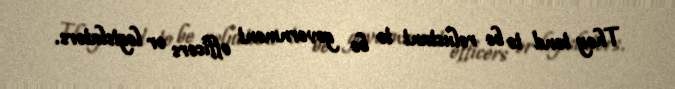
They tend to be reluctant to be government officers or legislators.